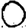
Digit: 0